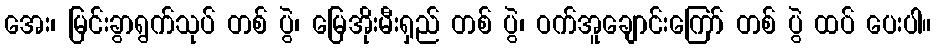
အေး၊ မြင်းခွာရွက်သုပ် တစ် ပွဲ၊ မြေအိုးမီးရှည် တစ် ပွဲ၊ ဝက်အူချောင်းကြော် တစ် ပွဲ ထပ် ပေးပါ။